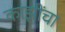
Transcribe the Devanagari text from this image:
काझींचा